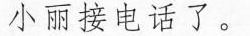
小丽接电话了。